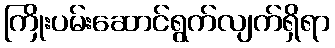
ကြိုးပမ်းဆောင်ရွက်လျက်ရှိရာ